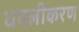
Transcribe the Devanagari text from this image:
धवलीकरण